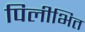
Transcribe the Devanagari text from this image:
पिलीभित